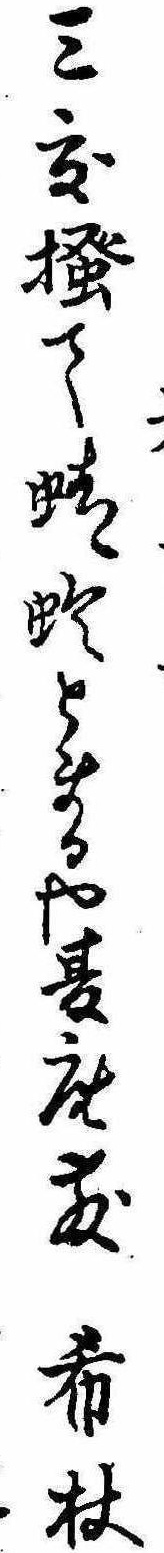
三度掻て蜻蛉とまるや夏座敷希杖